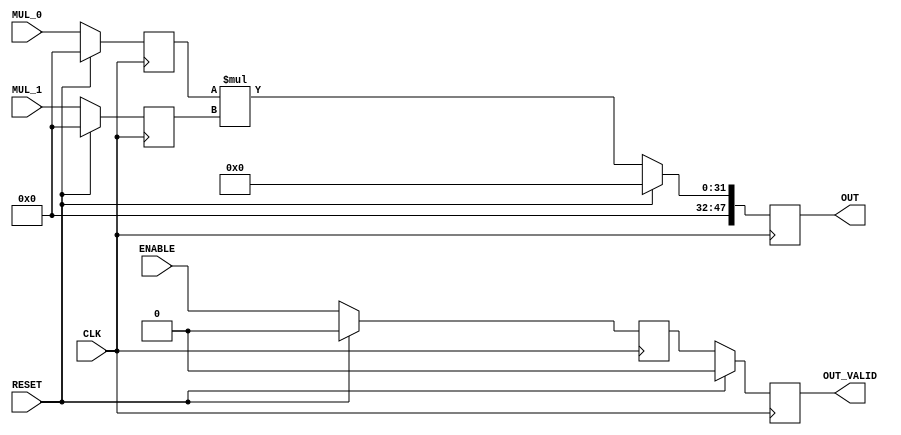
`timescale 1ns/1ps
module multiplier #(
    parameter WIDTH_0 = 16,
    parameter WIDTH_1 = 16,
    parameter WIDTH_OUT = 48
) (
    input  wire                     CLK,
    input  wire                     RESET,
    input  wire                     ENABLE,
    input  wire [WIDTH_0-1     :0]  MUL_0,
    input  wire [WIDTH_1-1     :0]  MUL_1,
    output reg  [WIDTH_OUT-1   :0]  OUT,
    output reg                      OUT_VALID
);

// ******************************************************************
// LOCALPARAMS
// ******************************************************************
    localparam integer CTRL_WIDTH = 3;
// ******************************************************************
// WIREs & REGs
// ******************************************************************
    wire [WIDTH_OUT-1:0] GND = 'b0;
    reg  [WIDTH_0-1:0] A_d;
    reg  [WIDTH_1-1:0] B_d;
    reg  enable_d;
// ******************************************************************
// LOGIC
// ******************************************************************

    // TIER 4 Regs
    always @(posedge CLK)
    begin
        if (RESET) begin
            A_d <= 0;
            B_d <= 0;
            enable_d <= 0;
        end else begin
            A_d <= MUL_0;
            B_d <= MUL_1;
            enable_d <= ENABLE;
        end
    end
    
    // TIER 5 Regs
    always @(posedge CLK)
    begin
        if (RESET) begin
            OUT <= 0;
            OUT_VALID <= 0;
        end else begin
            OUT <= A_d * B_d;
            OUT_VALID <= enable_d;
        end
    end

endmodule